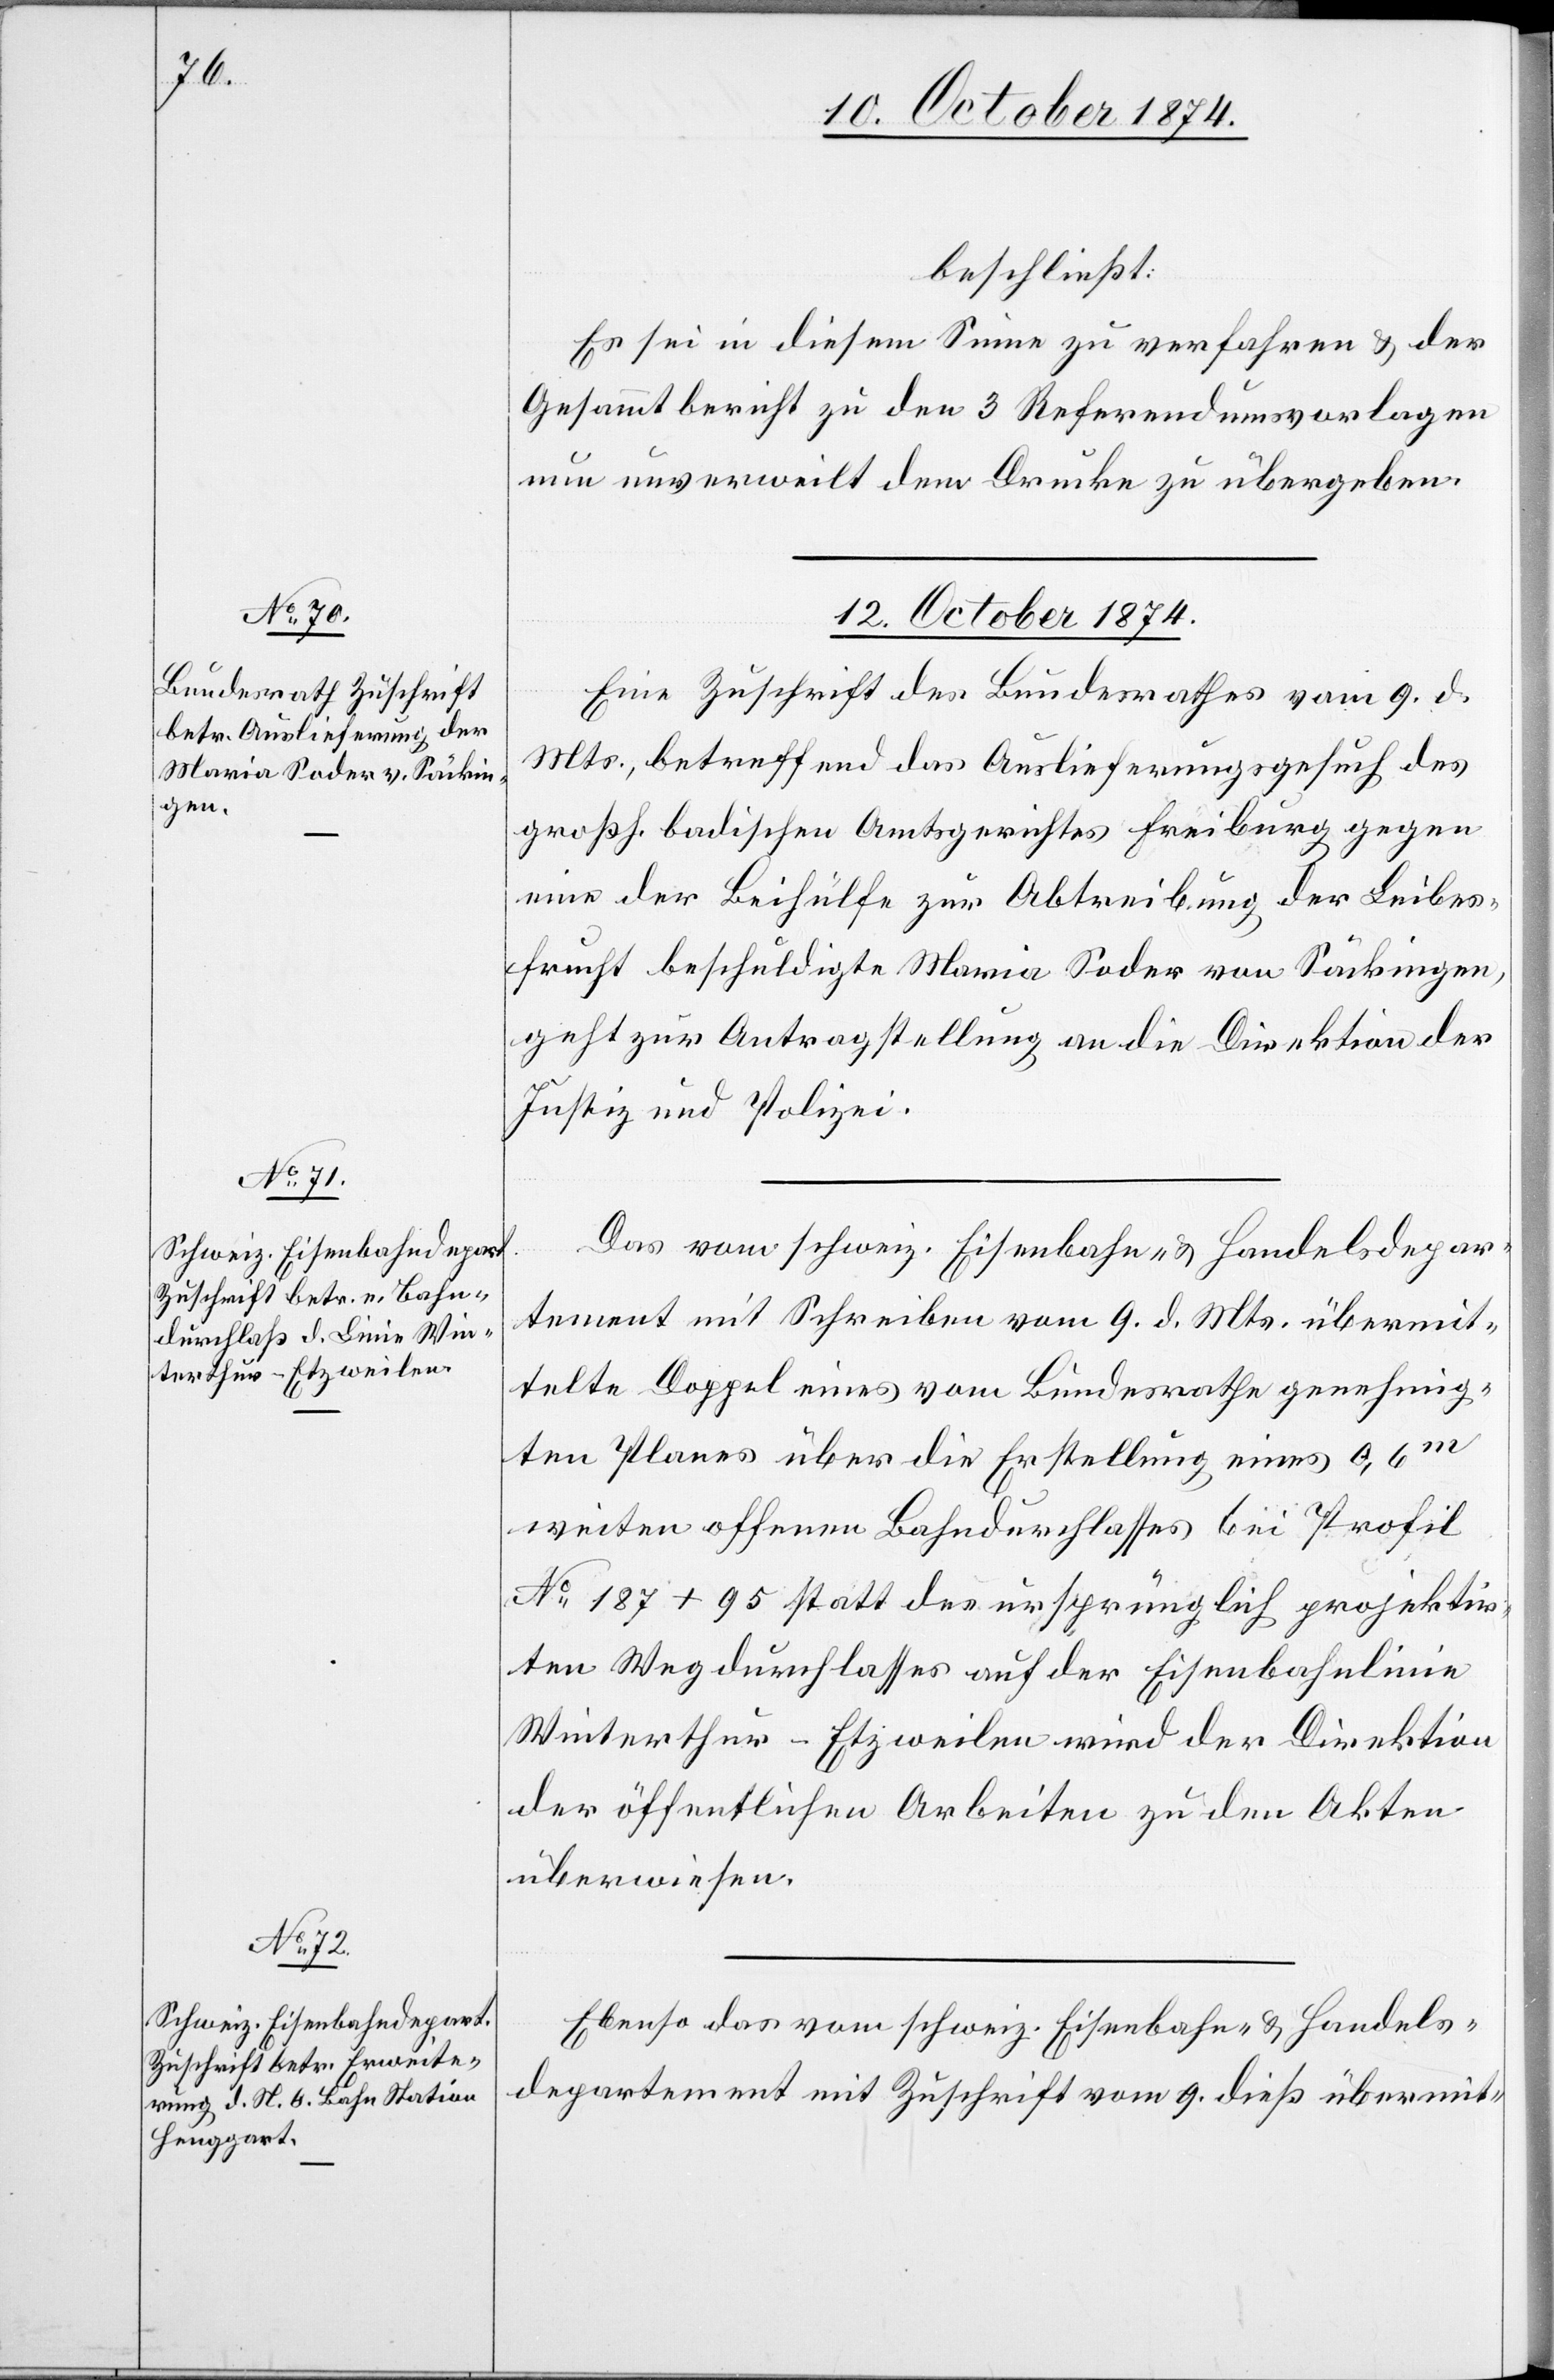
beschließt:
Es sei in diesem Sinne zu verfahren & der
Gesammtbericht zu den 3 Referendumsvorlagen
um unverweilt dem Drucke zu übergeben.
12. October 1874.]
Eine Zuschrift des Bundesrathes vom 9. d.
Mts., betreffend das Auslieferungsgesuch des
großh. badischen Amtsgerichtes Freiburg gegen
eine der Beihülfe zur Abtreibung der Leibes¬
frucht beschuldigte[n] Maria Soder von Säckingen,
geht zur Antragstellung an die Direktion der
Justiz und Polizei.
Das vom schweiz. Eisenbahn- & Handelsdepar¬
tement mit Schreiben vom 9. d. Mts. übermit¬
telte Doppel eines vom Bundesrathe genehmig¬
ten Planes über die Erstellung eines 0,6m
weiten offenen Bahndurchlasses bei Profil
No 187 + 95 statt des ursprünglich projektir¬
ten Wegdurchlasses auf der Eisenbahnlinie
Winterthur–Etzweilen wird der Direktion
der öffentlichen Arbeiten zu den Akten
überwiesen.
Ebenso das vom schweiz. Eisenbahn- & Handels¬
departement mit Zuschrift vom 9. dieß übermit-